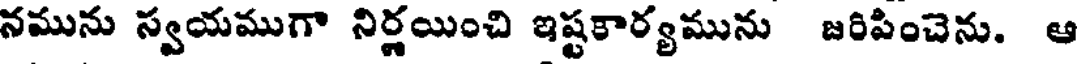
నమును స్వయముగా నిర్ణయించి ఇష్టకార్యమును జరిపించెను. ఆ